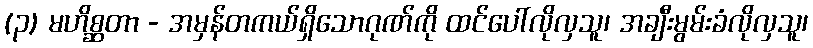
(၃) မဟိစ္ဆတာ - အမှန်တကယ်ရှိသောဂုဏ်ကို ထင်ပေါ်လိုလှသူ၊ အချီးမွမ်းခံလိုလှသူ၊